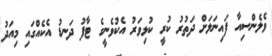
ވެލެންސިއާ ފައިނަލަށް ދަތުރު ކުރީ ކުޅިވަރު އެކުވެނީގެ ޓާފު ދަނޑު އެކެއްގައި މިއަދު